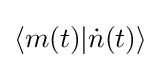
\langle m(t)|{\dot {n}}(t)\rangle